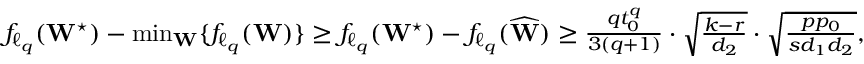
\begin{array} { r } { f _ { \ell _ { q } } ( \mathbf { W } ^ { \star } ) - \operatorname* { m i n } _ { \mathbf { W } } \{ f _ { \ell _ { q } } ( \mathbf { W } ) \} \geq f _ { \ell _ { q } } ( \mathbf { W } ^ { \star } ) - f _ { \ell _ { q } } ( \widehat \mathbf { W } ) \geq \frac { q t _ { 0 } ^ { q } } { 3 ( q + 1 ) } \cdot \sqrt { \frac { k - r } { d _ { 2 } } } \cdot \sqrt { \frac { p p _ { 0 } } { s d _ { 1 } d _ { 2 } } } , } \end{array}